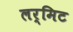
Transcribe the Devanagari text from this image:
लर्मिट